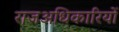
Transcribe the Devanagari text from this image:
राजअधिकारियों